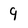
Character: 9